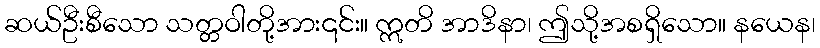
ဆယ်ဦးစီသော သတ္တဝါတို့အား၎င်း။ ဣတိ အာဒိနာ၊ ဤသို့အစရှိသော။ နယေန၊